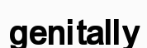
genitally